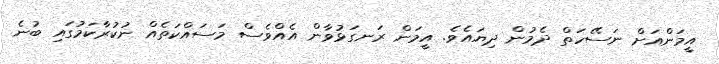
އީމަންއަށް ނަސޭހަތް ދެމުން ދިޔައެވެ. އީމަން ރަނގަޅުވާން އެއްވެސް މަސައްކަތެއް ނުކުރާކަމުގައި ބުނެ